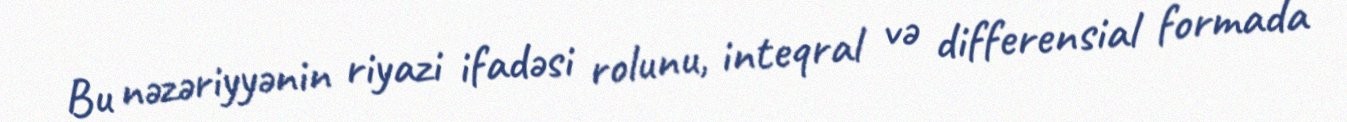
Bu nəzəriyyənin riyazi ifadəsi rolunu, inteqral və differensial formada